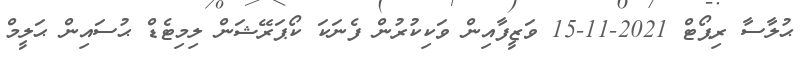
ޙުލާސާ ރިޕޯޓް 2021-11-15 ވަޒީފާއިން ވަކިކުރުން ފެނަކަ ކޯޕަރޭޝަން ލިމިޓެޑް ޙުސައިން ޙަލީމް